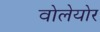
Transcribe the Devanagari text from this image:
वोलेयोर